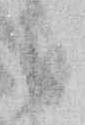
う